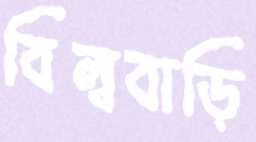
বিল্ববাড়ি